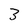
Character: 3